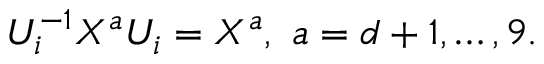
{ \cal U } _ { i } ^ { - 1 } X ^ { a } { \cal U } _ { i } = X ^ { a } , ~ a = d + 1 , \ldots , 9 .